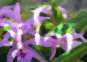
সুয্যি